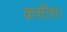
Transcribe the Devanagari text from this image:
कशीश।